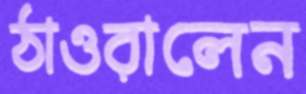
ঠাওরালেন